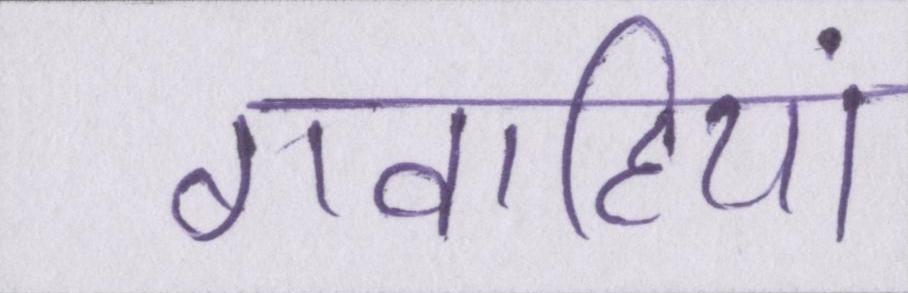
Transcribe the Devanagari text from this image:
गवाहियां